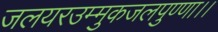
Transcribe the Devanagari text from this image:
जलयरउम्मुकजलपुण्णा।।